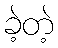
ခဲ့တဲ့